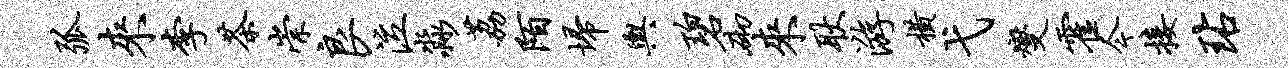
弧来李茶崇良泣淼荔陌埽舆碧砌来耿游横弋燮霍今接玷